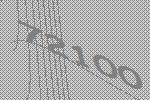
72100